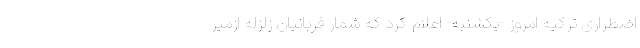
اضطراری ترکیه امروز -یکشنبه- اعلام کرد که شمار قربانیان زلزله ازمیر